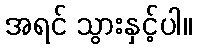
အရင် သွားနှင့်ပါ။